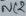
Text: OSC2